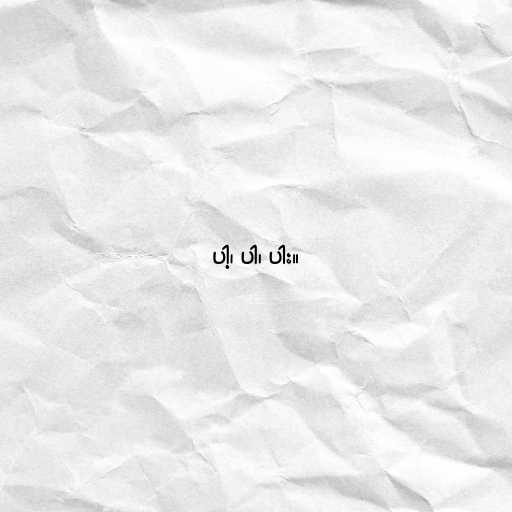
ပါ့၊ ပါ၊ ပါး။